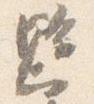
懸